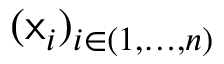
( \mathsf { x } _ { i } ) _ { i \in ( 1 , \ldots , n ) }